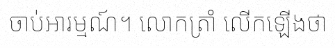
ចាប់អារម្មណ៍។ លោកត្រាំ លើកឡើងថា